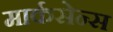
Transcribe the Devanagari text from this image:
मार्कसेन्स